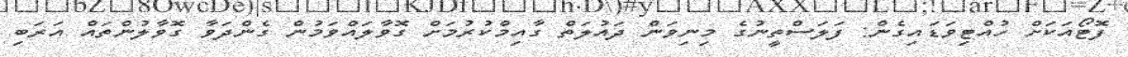
ފޮޓޯއަކަށް ހުއްޓިވަޑައިގެން: ފަލަސްތީނުގެ މިނިވަން ދައުލަތް ގާއިމްކުރުމަށް ގޮވާލައްވަމުން ގެންދަވާ ގޮވާލުންތައް އަރަބި